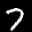
Label: 7